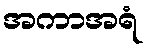
အကာအရံ